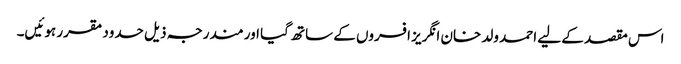
اس مقصد کے لیے احمد ولد خان انگریز افسروں کے ساتھ گیا اور مندرجہ ذیل حدود مقرر ہوئیں۔